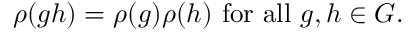
\rho ( g h ) = \rho ( g ) \rho ( h ) { \mathrm { ~ f o r ~ a l l ~ } } g , h \in G .